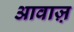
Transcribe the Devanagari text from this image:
आवाज़़